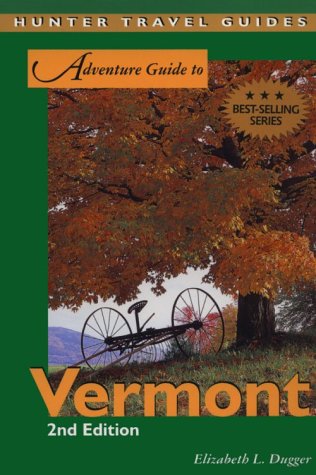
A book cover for Adventure Guide to Vermont; Elizabeth L. Dugger; Travel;